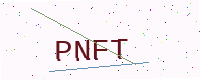
Text: PNFT